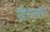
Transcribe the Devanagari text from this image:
जीरोलामो